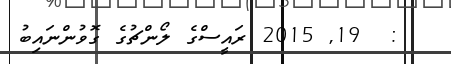
:  19